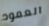
العمود